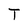
Character: T